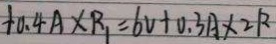
+ 0 . 4 A \times R _ { 1 } = 6 V + 0 . 3 A \times 2 R